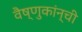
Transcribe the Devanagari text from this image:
वैष्णुकांन्ची